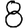
Digit: 8